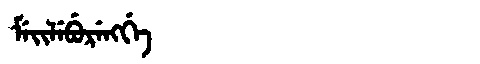
Manchu: ᠮᡝᡳᠯᡝᠪᡠᡵᡝᠩᡤᡝ
Romanization: MEILEBURENGGE